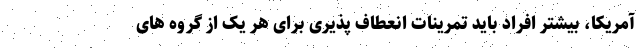
آمریکا، بیشتر افراد باید تمرینات انعطاف پذیری برای هر یک از گروه های